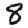
Digit: 8